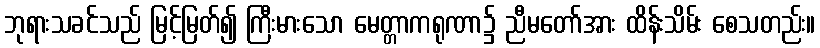
ဘုရားသခင်သည် မြင့်မြတ်၍ ကြီးမားသော မေတ္တာကရုဏာ၌ ညီမတော်အား ထိန်းသိမ်း စေသတည်း။